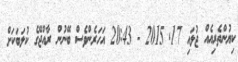
ކިޔުންތެރިއެއް ޖުލައި 17